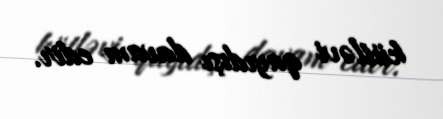
kütləvi qayıdışı davam edir.